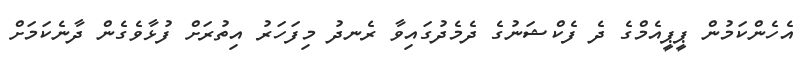
އެހެންކަމުން ޕީޕީއެމްގެ ދެ ފެކްޝަނުގެ ދެމެދުގައިވާ ރެނދު މިފަހަރު އިތުރަށް ފުޅާވެގެން ދާނެކަމަށް